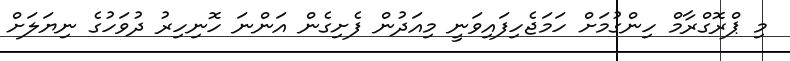
މި ޕްރޮގްރާމް ހިންގުމަށް ހަމަޖެހިފައިވަނީ މިއަދުން ފެށިގެން އަންނަ ހޮނިހިރު ދުވަހުގެ ނިޔަލަށް